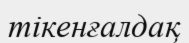
тікенғалдақ